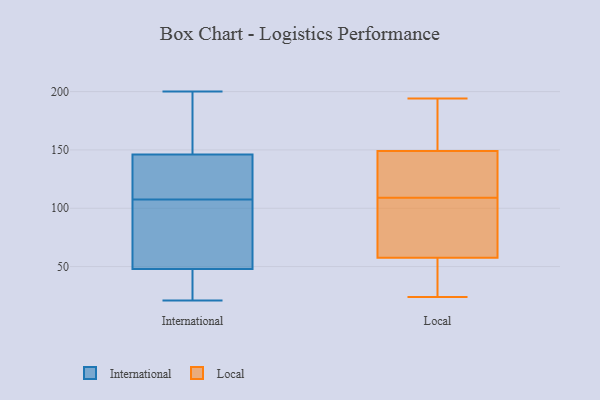
{"axis": {"x": "Operating Costs (USD K)", "y": "Value"}, "legend": ["International", "Local"], "data": [{"x": "", "y": 133, "type": "International"}, {"x": "", "y": 146, "type": "International"}, {"x": "", "y": 79, "type": "International"}, {"x": "", "y": 97, "type": "International"}, {"x": "", "y": 21, "type": "International"}, {"x": "", "y": 30, "type": "International"}, {"x": "", "y": 126, "type": "International"}, {"x": "", "y": 179, "type": "International"}, {"x": "", "y": 69, "type": "International"}, {"x": "", "y": 48, "type": "International"}, {"x": "", "y": 118, "type": "International"}, {"x": "", "y": 22, "type": "International"}, {"x": "", "y": 200, "type": "International"}, {"x": "", "y": 142, "type": "International"}, {"x": "", "y": 186, "type": "International"}, {"x": "", "y": 41, "type": "International"}, {"x": "", "y": 79, "type": "International"}, {"x": "", "y": 177, "type": "International"}, {"x": "", "y": 30, "type": "Local"}, {"x": "", "y": 109, "type": "Local"}, {"x": "", "y": 111, "type": "Local"}, {"x": "", "y": 55, "type": "Local"}, {"x": "", "y": 90, "type": "Local"}, {"x": "", "y": 57, "type": "Local"}, {"x": "", "y": 194, "type": "Local"}, {"x": "", "y": 184, "type": "Local"}, {"x": "", "y": 124, "type": "Local"}, {"x": "", "y": 24, "type": "Local"}, {"x": "", "y": 79, "type": "Local"}, {"x": "", "y": 149, "type": "Local"}, {"x": "", "y": 149, "type": "Local"}, {"x": "", "y": 59, "type": "Local"}, {"x": "", "y": 160, "type": "Local"}]}